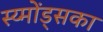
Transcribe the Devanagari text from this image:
स्य्मोंड्सका